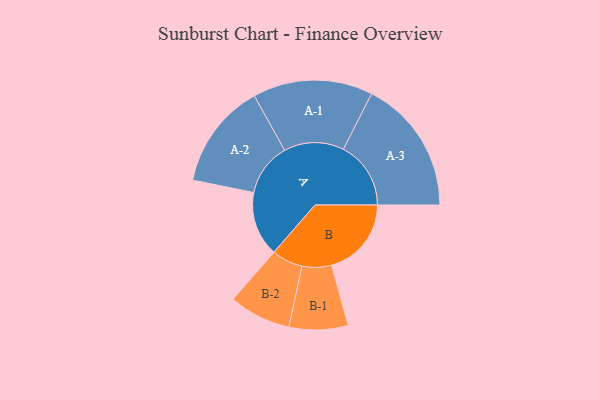
{"axis": {"x": "Segment", "y": "Value"}, "legend": ["", "A", "B"], "data": [{"x": "A", "y": 284, "type": ""}, {"x": "B", "y": 350, "type": ""}, {"x": "A-1", "y": 263, "type": "A"}, {"x": "A-2", "y": 232, "type": "A"}, {"x": "A-3", "y": 296, "type": "A"}, {"x": "B-1", "y": 129, "type": "B"}, {"x": "B-2", "y": 136, "type": "B"}]}